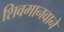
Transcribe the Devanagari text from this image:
शिवमानवाने